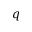
q